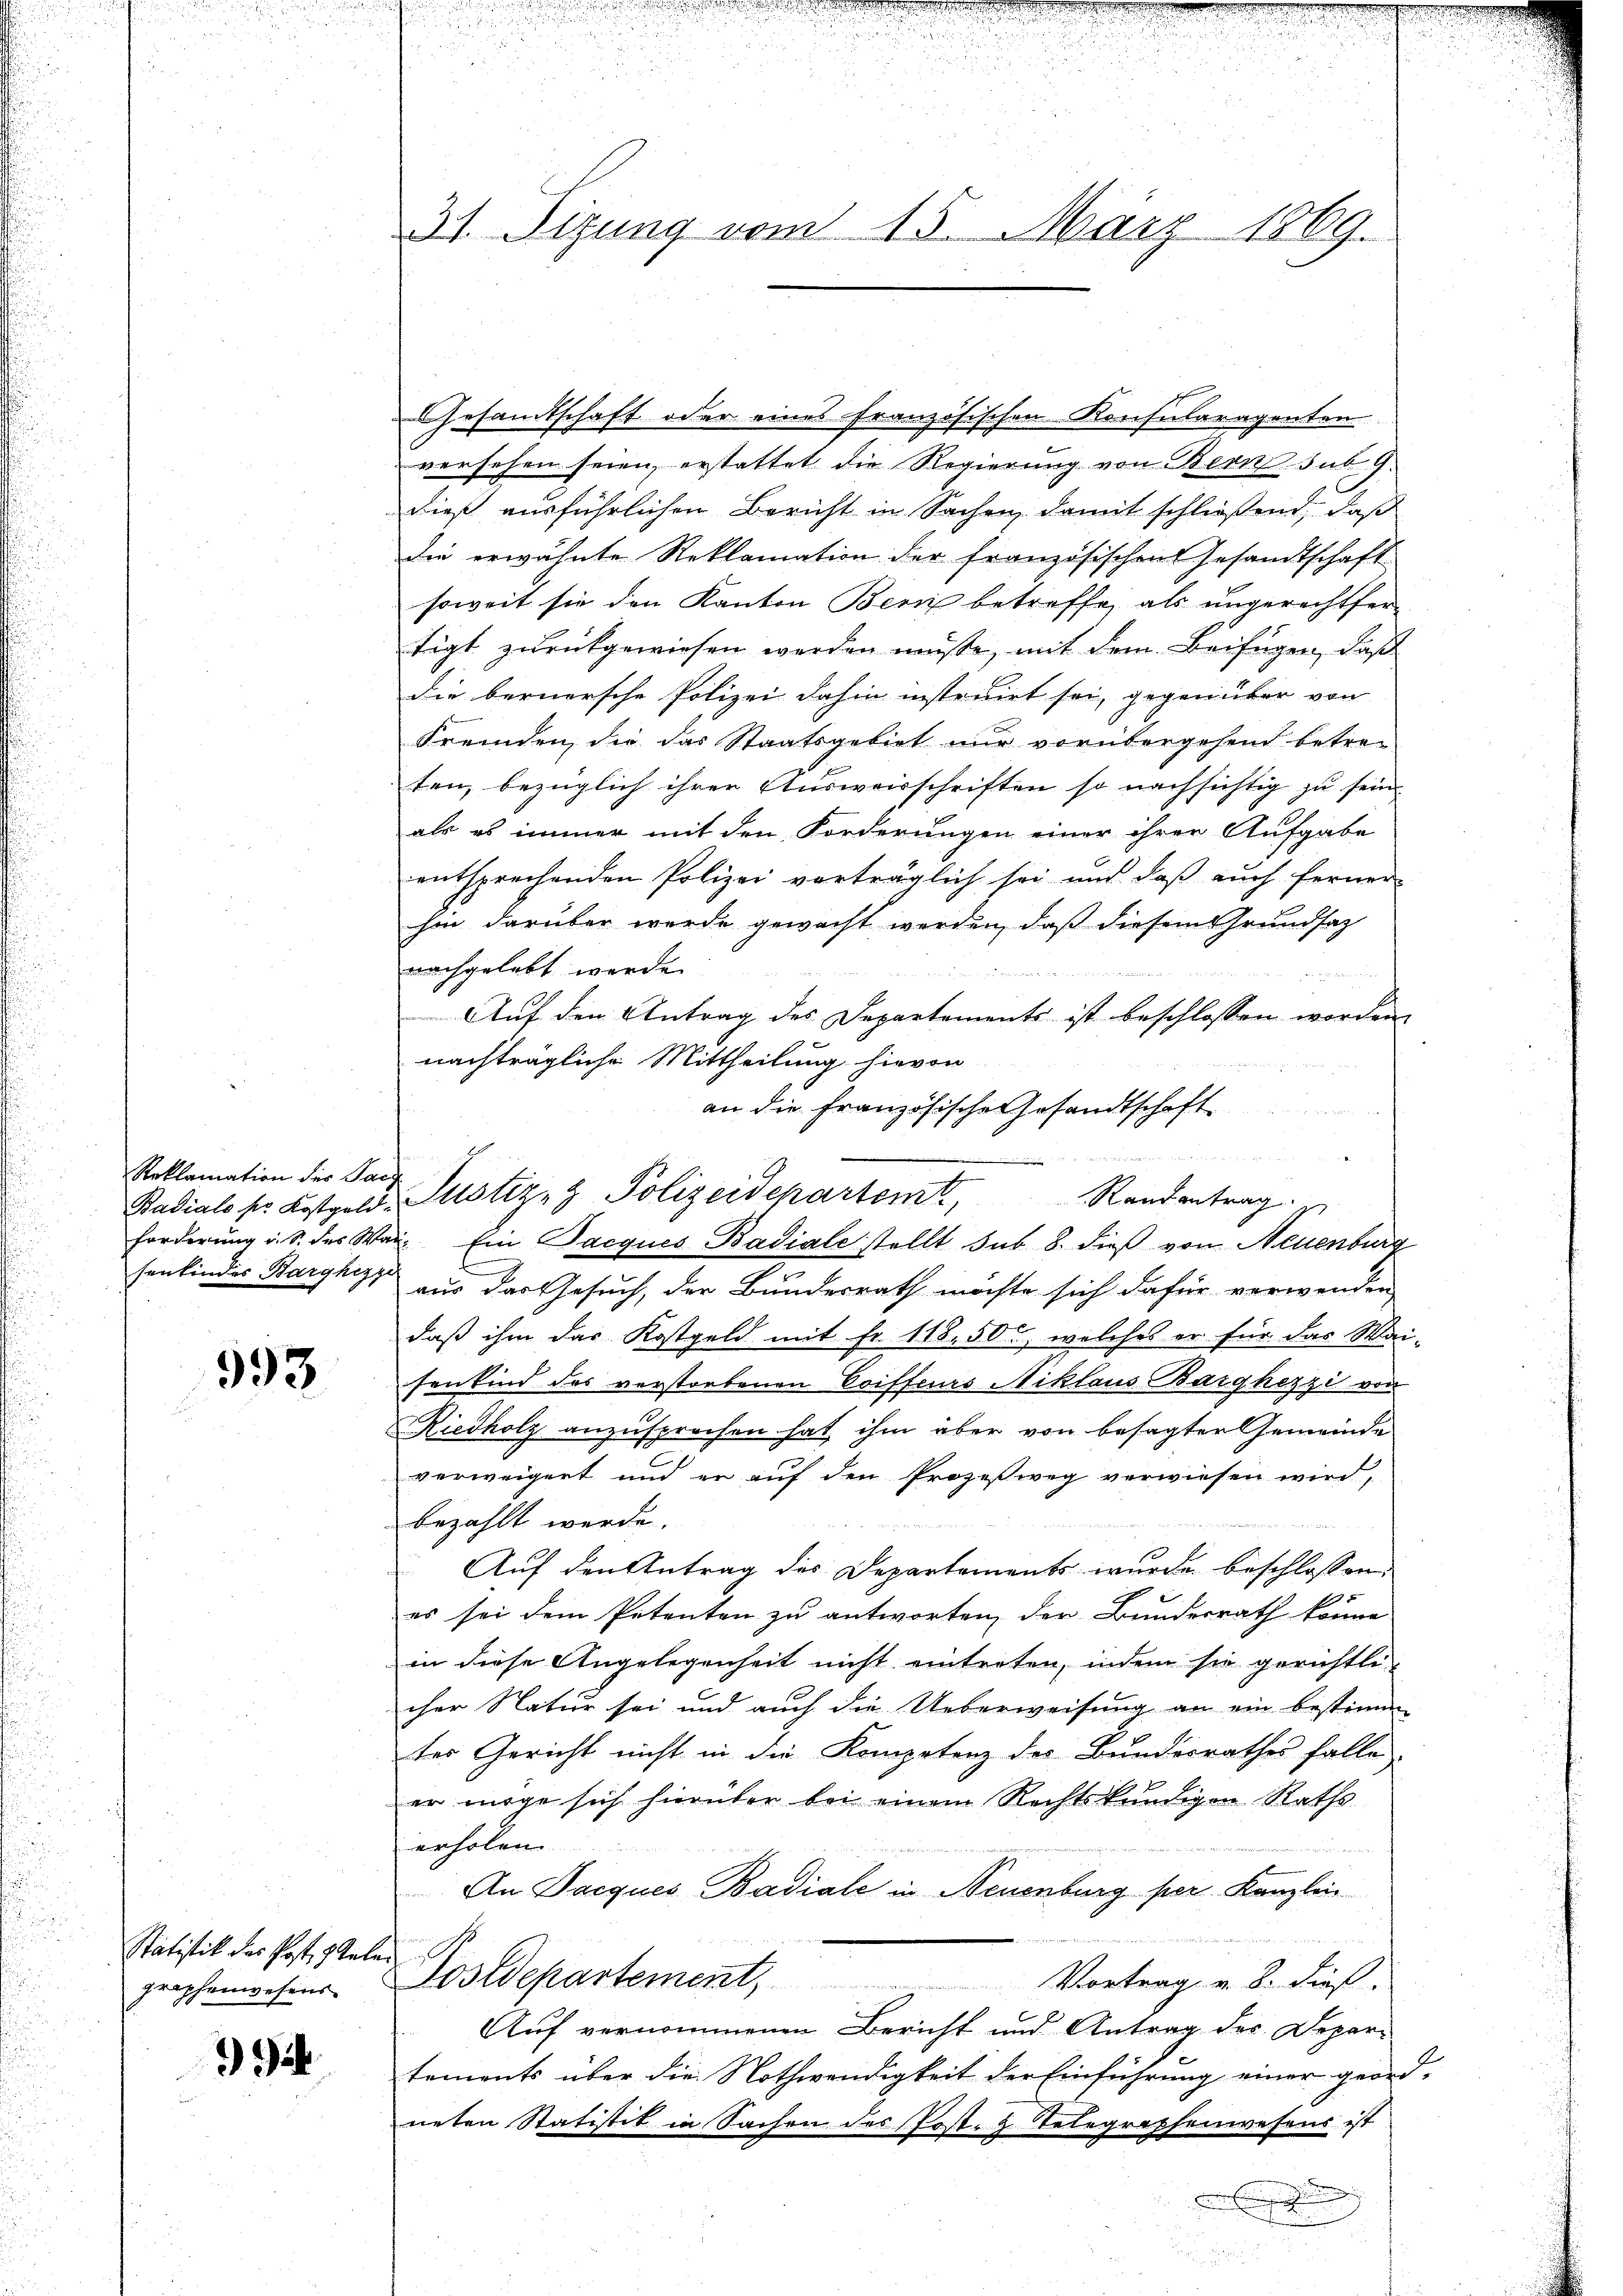
Reklamation des Pac

993

Statistik der Post. Stalen
graphenwesens

i

Gesandtschaft oder eines französischen Konsularagenten
versehen seien, erstattet die Regierung von Bern sub. 9.
dieß ausführlichen Bericht in Sachen, damit schließend, daß
die erwähnte Reklamation der französischen Gesandtschaft
soweit sie den Kanton Bern betreffe, als ungerechtsen
tigt zurückgewiesen werden müsse, mit dem Beifügen, daß
die bernersche Polizei dahin instruirt sei, gegenüber von
Fremden, die das Staatsgebiet nur vorübergehend betre-
ten, bezüglich ihrer Ausweisschriften so nachsichtig zu sein.
als es immer mit den Forderungen einer ihrer Aufgabe
entsprechenden Polizei vorträglich sei und daß auch ferner
hin darüber werde gewacht werden, daß diesem Grundsatz
nachgelebt werde.
 12 x
Auf den Antrag des Departements ist beschlossen worden,
nachträgliche Mittheilung hievon
an die französische Gesandtschaft

31. Sizung vom 15. März 1869.

¬
Badiale pr. Kostgeld - Justiz- & Polizeidepartemt, Randantrag.
Forderung i. S. des Wai- Ein Jacques Badiale stellt sub. 8. dieß von Neuenburg

.

henkindes Barski aus das Gesuch, der Bundesrath möchte sich dafür verwenden
daß ihm das Kostgeld mit Fr. 118. 50, welches er für das Wai-
senkind des verstorbenen Coiffeurs Niklaus Barghezzi von
Riedholz anzusprechen hat, ihm aber von besagter Gemeinde
verweigert und er auf den Prozeßweg verwiesen wird,
bezahlt werde.
t
Auf den Antrag des Departements wurde beschlossen,
1
es sei dem Petenten zu antworten, der Bundesrath könne
in diese Angelegenheit nicht eintreten, indem sie gerichtli-
cher Natur sei und auch die Ueberweisung an ein bestimm-
ter Gericht nicht in die Kompetenz des Bundesrathes falle
er möge sich hierüber bei einem Rechtskundigen Raths
erholen.

An Jacques Badiale in Neuenburg per Kanzlei
Postdepartement, Vortrag v. 8. dieß.
Auf vernommenen Bericht und Antrag des Depar-
tements über die Nothwendigkeit der Einführung einer geord-
neten Statistik in Sachen des (Post- & Telegraphenwesens ist
e